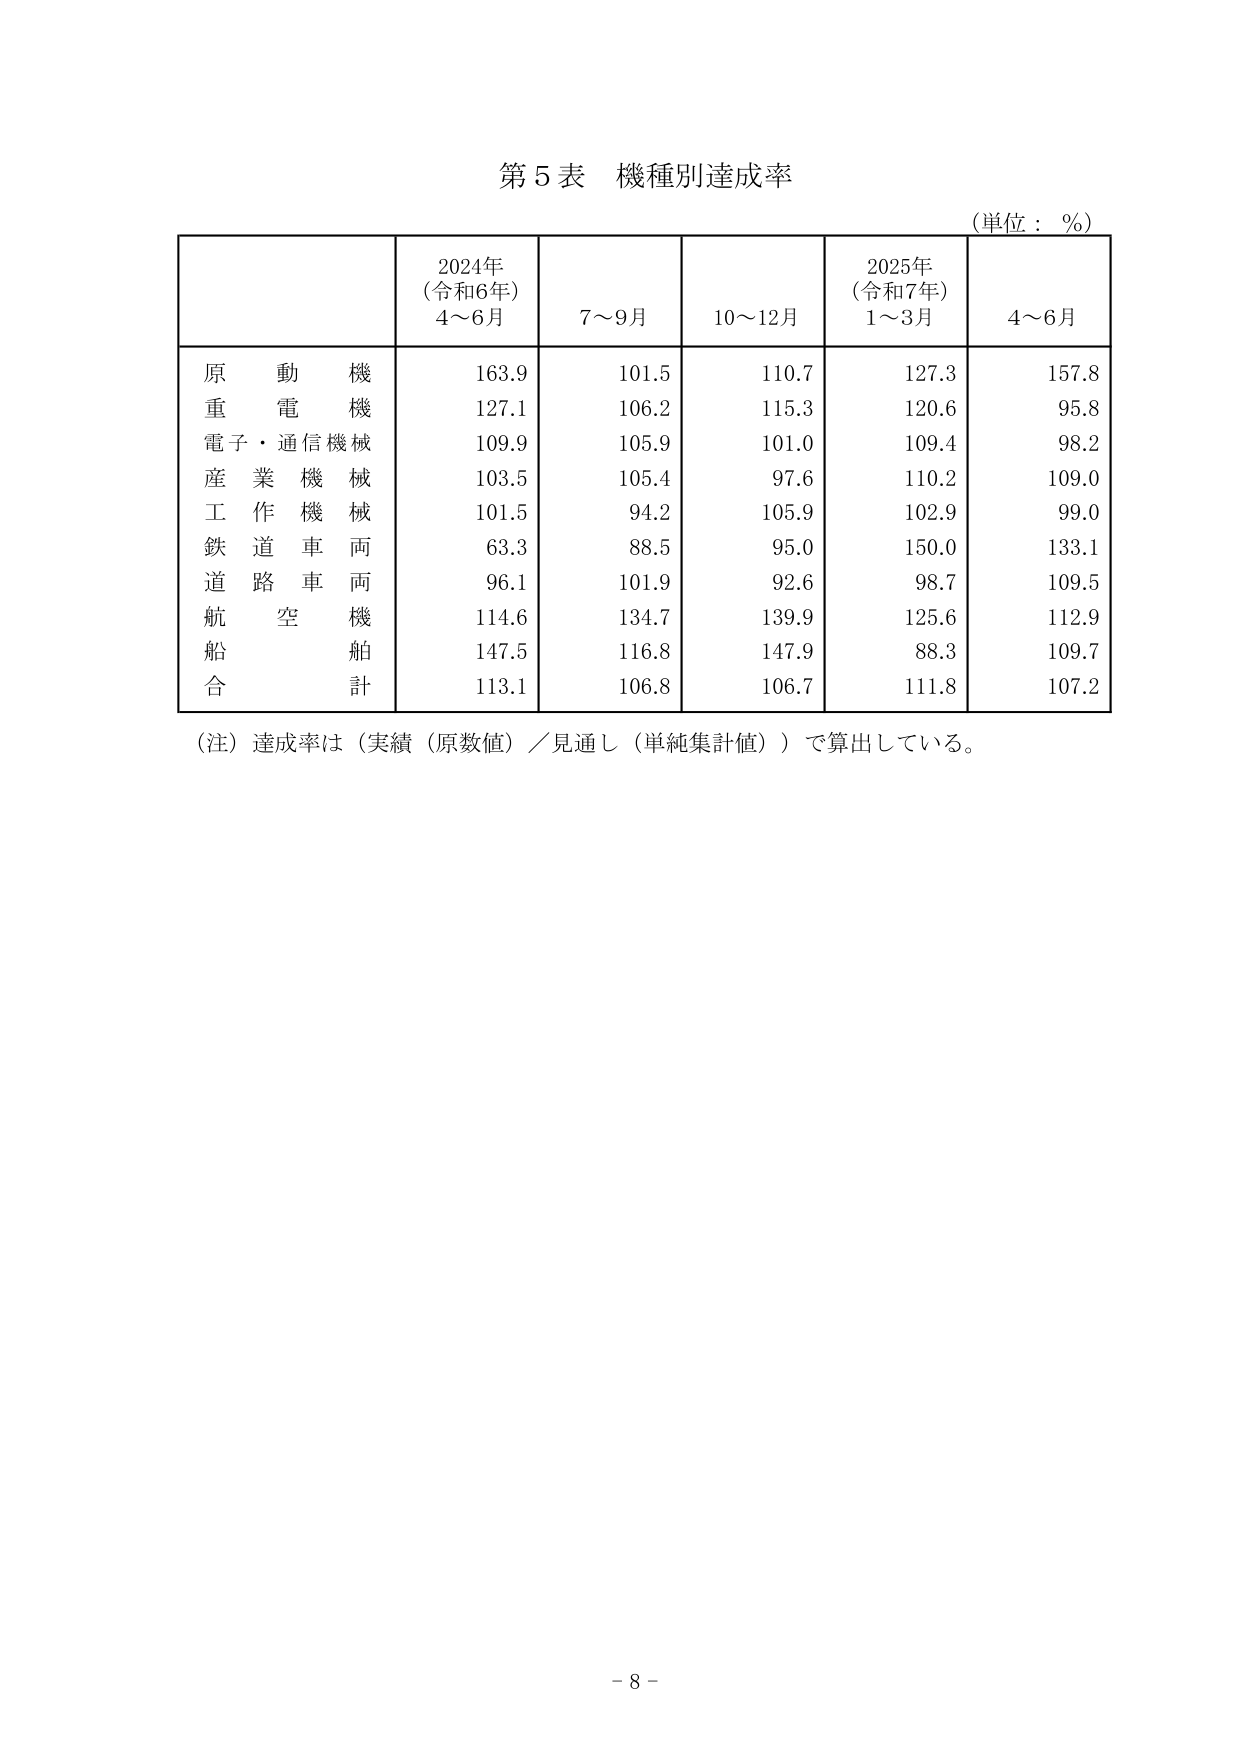
第５表 機種別達成率
（単位：％）

2024年
（令和6年）
4～6月
7～9月
10～12月
2025年
（令和7年）
1～3月
4～6月

原動機
163.9
101.5
110.7
127.3
157.8

重電機
127.1
106.2
115.3
120.6
95.8

電子・通信機械
109.9
105.9
101.0
109.4
98.2

産業機械
103.5
105.4
97.6
110.2
109.0

工作機械
101.5
94.2
105.9
102.9
99.0

鉄道車両
63.3
88.5
95.0
150.0
133.1

道路車両
96.1
101.9
92.6
98.7
109.5

航空機
114.6
134.7
139.9
125.6
112.9

船舶
147.5
116.8
147.9
88.3
109.7

合計
113.1
106.8
106.7
111.8
107.2

（注）達成率は（実績（原数値）／見通し（単純集計値））で算出している。

－8－